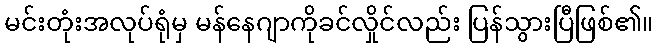
မင်းတုံးအလုပ်ရုံမှ မန်နေဂျာကိုခင်လှိုင်လည်း ပြန်သွားပြီဖြစ်၏။